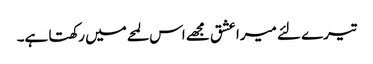
تیرے لئے میرا عشق مجھے اس لمحےمیں رکھتا ہے۔